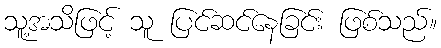
သူ့အသိဖြင့် သူ ပြင်ဆင်နေခြင်း ဖြစ်သည်။